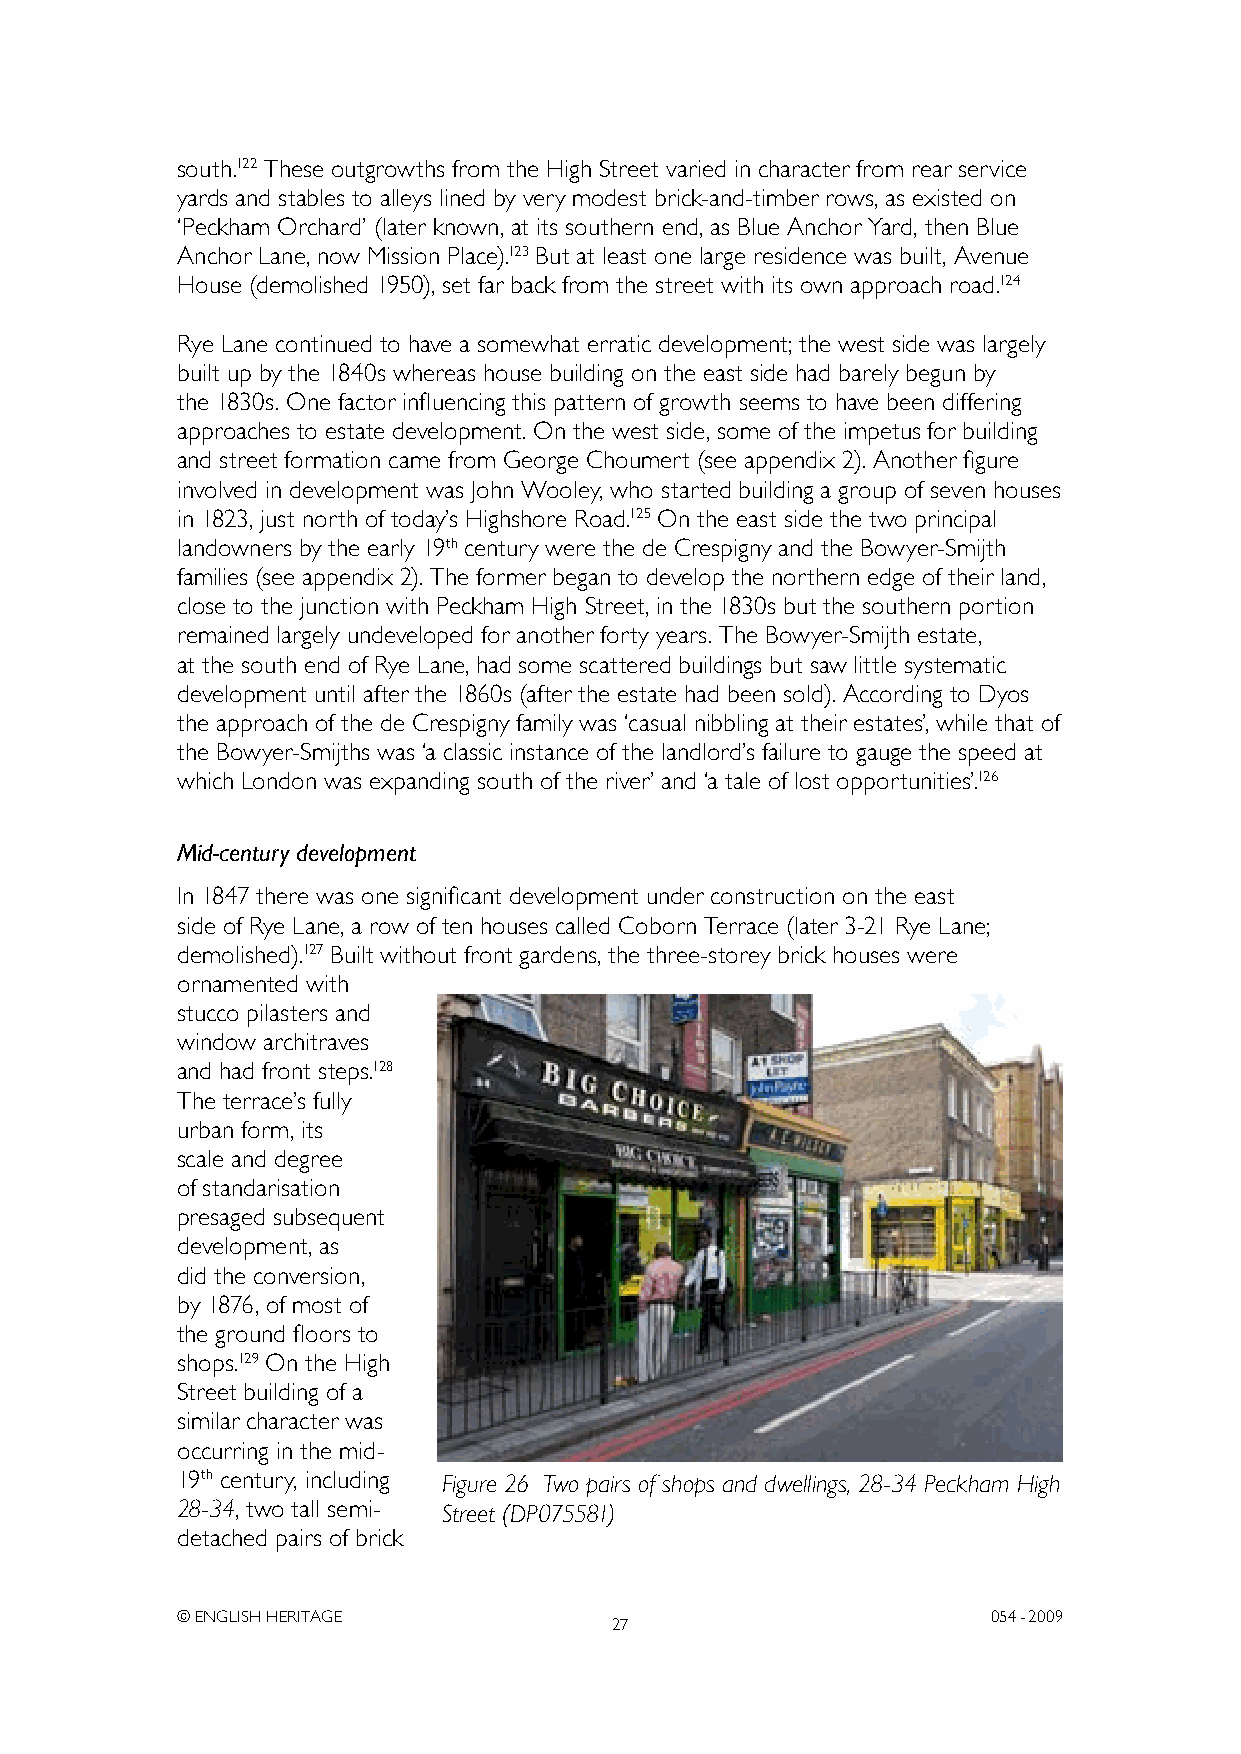
south.122 These outgrowths from the High Street varied in character from rear service
 yards and stables to alleys lined by very modest brick-and-timber rows, as existed on
 ‘Peckham Orchard’ (later known, at its southern end, as Blue Anchor yard, then Blue
 Anchor Lane, now Mission Place).123 But at least one large residence was built, Avenue
 House (demolished 1950), set far back from the street with its own approach road.124
 Rye Lane continued to have a somewhat erratic development; the west side was largely
 built up by the 1840s whereas house building on the east side had barely begun by
 the 1830s. One factor influencing this pattern of growth seems to have been differing
 approaches to estate development. On the west side, some of the impetus for building
 and street formation came from George Choumert (see appendix 2). Another figure
 involved in development was John Wooley, who started building a group of seven houses
 in 1823, just north of today’s Highshore Road.125 On the east side the two principal
 landowners by the early 19th century were the de Crespigny and the Bowyer-Smijth
 families (see appendix 2). The former began to develop the northern edge of their land,
 close to the junction with Peckham High Street, in the 1830s but the southern portion
 remained largely undeveloped for another forty years. The Bowyer-Smijth estate,
 at the south end of Rye Lane, had some scattered buildings but saw little systematic
 development until after the 1860s (after the estate had been sold). According to Dyos
 the approach of the de Crespigny family was ‘casual nibbling at their estates’, while that of
 the Bowyer-Smijths was ‘a classic instance of the landlord’s failure to gauge the speed at
 which London was expanding south of the river’ and ‘a tale of lost opportunities’.126
 Mid-century development
 In 1847 there was one significant development under construction on the east
 side of Rye Lane, a row of ten houses called Coborn Terrace (later 3-21 Rye Lane;
 demolished).127 Built without front gardens, the three-storey brick houses were
 ornamented with
 stucco pilasters and
 window architraves
 and had front steps.128
 The terrace’s fully
 urban form, its
 scale and degree
 of standarisation
 presaged subsequent
 development, as
 did the conversion,
 by 1876, of most of
 the ground floors to
 shops.129 On the High
 Street building of a
 similar character was
 occurring in the mid-
 19th century, including Figure 26 Two pairs of shops and dwellings, 28-34 Peckham High
 28-34, two tall semi- Street (DP075581)
 detached pairs of brick
 © ENGLISH HERITAGE                                    054- 2009
 27